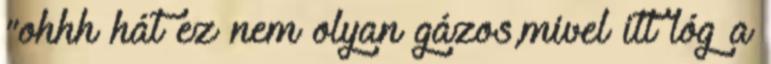
"ohhh hát ez nem olyan gázos,mivel itt lóg a